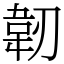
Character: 韌